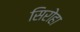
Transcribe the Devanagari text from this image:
सिरोहा